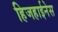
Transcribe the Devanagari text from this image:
हिजहाईनेस